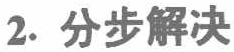
2. 分步解决